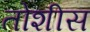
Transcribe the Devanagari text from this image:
तोशीस